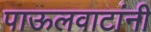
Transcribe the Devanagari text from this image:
पाऊलवाटांनी